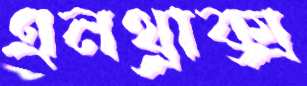
এনথ্রাক্স